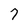
Character: 7